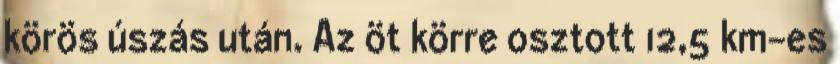
körös úszás után. Az öt körre osztott 12,5 km-es